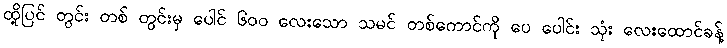
ထို့ပြင် တွင်း တစ် တွင်းမှ ပေါင် ၆၀၀ လေးသော သမင် တစ်ကောင်ကို ပေ ပေါင်း သုံး လေးထောင်ခန့်